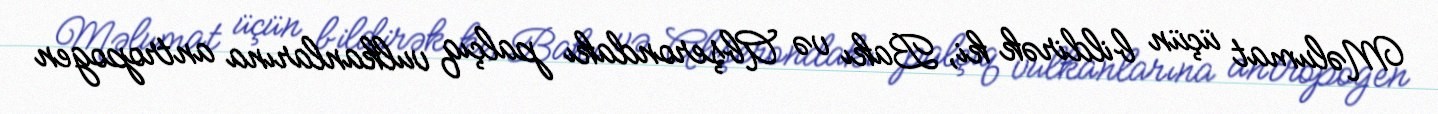
Məlumat üçün bildirək ki, Bakı və Abşerondakı palçıq vulkanlarına antropogen